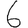
Digit: 6